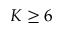
K \geq 6